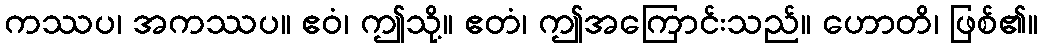
ကဿပ၊ အကဿပ။ ဧဝံ၊ ဤသို့။ ဧတံ၊ ဤအကြောင်းသည်။ ဟောတိ၊ ဖြစ်၏။